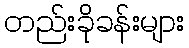
တည်းခိုခန်းများ